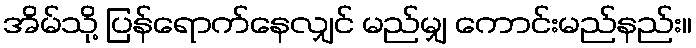
အိမ်သို့ ပြန်ရောက်နေလျှင် မည်မျှ ကောင်းမည်နည်း။